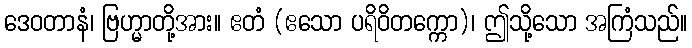
ဒေဝတာနံ၊ ဗြဟ္မာတို့အား။ ဧတံ (ဧသော ပရိဝိတက္ကော)၊ ဤသို့သော အကြံသည်။